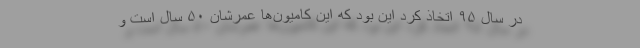
در سال ۹۵ اتخاذ کرد این بود که این کامیون‌ها عمرشان ۵۰ سال است و